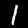
Digit: 1